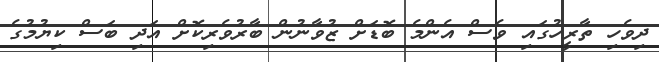
ދިވެހި ތާރީހުގައި ވެސް އެންމެ ބޮޑަށް ޒުވާނުން ބާރުވެރިކޮށް އަދި ބަސް ކިޔުމުގެ